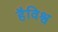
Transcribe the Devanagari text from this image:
हैविश्व